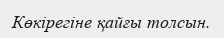
Көкірегіне қайғы толсын.